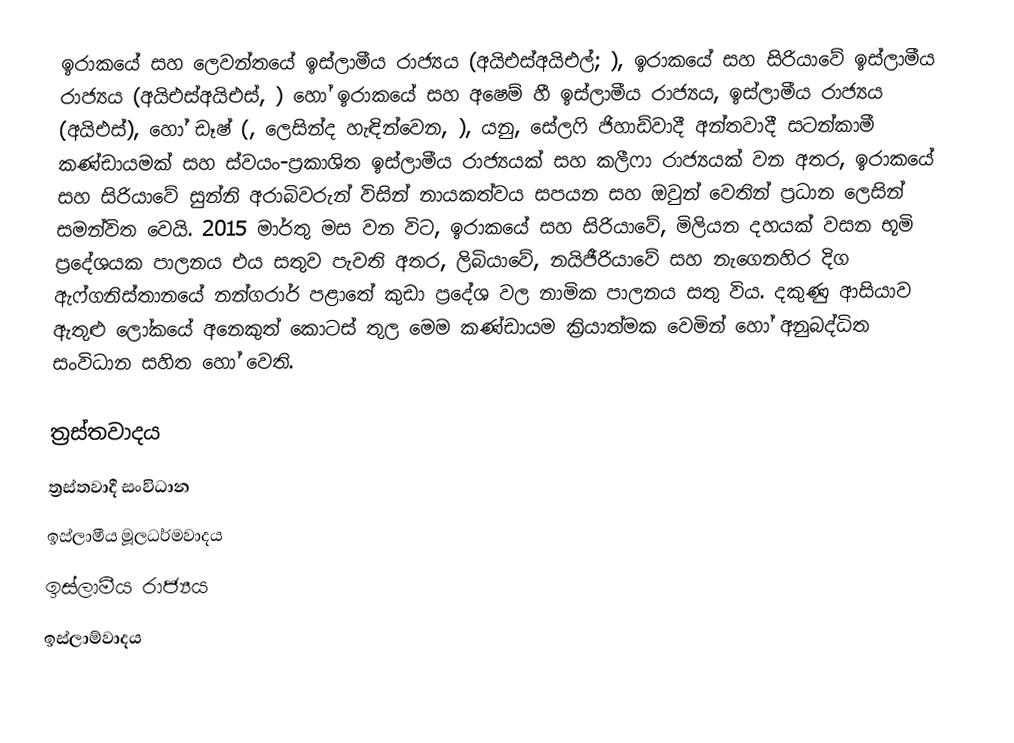
ඉරාකයේ සහ ලෙවන්තයේ ඉස්ලාමීය රාජ්‍යය (අයිඑස්අයිඑල්; ), ඉරාකයේ සහ සිරියාවේ ඉස්ලාමීය රාජ්‍යය (අයිඑස්අයිඑස්, ) හෝ ඉරාකයේ සහ අෂෙම් හී ඉස්ලාමීය රාජ්‍යය, ඉස්ලාමීය රාජ්‍යය (අයිඑස්), හෝ ඩෑෂ් (,  ලෙසින්ද හැඳින්වෙන,  ), යනු,   සේලෆි ජිහාඩ්වාදී අන්තවාදී සටන්කාමී කණ්ඩායමක් සහ ස්වයං-ප්‍රකාශිත  ඉස්ලාමීය රාජ්‍යයක් සහ  කලීෆා රාජ්‍යයක් වන අතර, ඉරාකයේ සහ සිරියාවේ  සුන්නි අරාබිවරුන් විසින් නායකත්වය සපයන සහ ඔවුන් වෙතින් ප්‍රධාන ලෙසින් සමන්විත වෙයි.   2015 මාර්තු  මස වන විට, ඉරාකයේ සහ සිරියාවේ, මිලියන දහයක් වසන භූමි ප්‍රදේශයක පාලනය  එය සතුව පැවති අතර,  ලිබියාවේ, නයිජීරියාවේ සහ නැගෙනහිර දිග  ඇෆ්ගනිස්තානයේ නන්ගරාර් පළාතේ කුඩා ප්‍රදේශ වල නාමික පාලනය සතු විය.  දකුණු ආසියාව ඇතුළු ලෝකයේ අනෙකුත් කොටස් තුල මෙම කණ්ඩායම ක්‍රියාත්මක වෙමින් හෝ අනුබද්ධිත සංවිධාන සහිත හෝ වෙති.

ත්‍රස්තවාදය
ත්‍රස්තවාදී සංවිධාන
ඉස්ලාමීය මූලධර්මවාදය
ඉස්ලාමීය රාජ්‍යය
ඉස්ලාම්වාදය